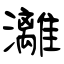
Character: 灕